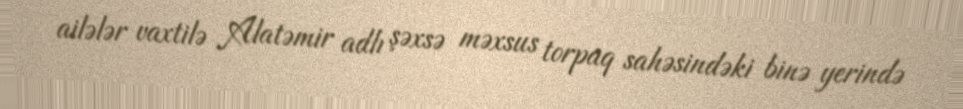
ailələr vaxtilə Alatəmir adlı şəxsə məxsus torpaq sahəsindəki binə yerində